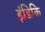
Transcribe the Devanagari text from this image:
इंडिकि